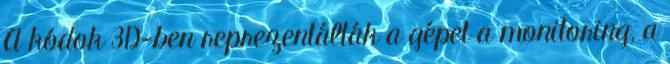
A kódok 3D-ben reprezentálták a gépet a monitoring, a